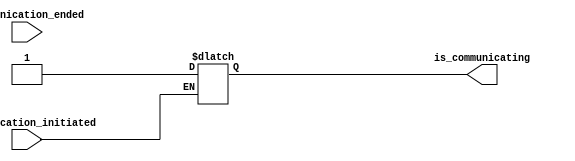
module Communication_Selector(
		input 									 communication_initiated,
		input 										  communication_ended,
		output											  is_communicating
    );

	reg was_communicating = 0;
	reg buffer = 0;
	always@(*) begin
		if(was_communicating && communication_ended) begin
			buffer = 0;
			end
			else if(~was_communicating && communication_initiated) begin
				buffer = 1;
			end
	end
	
	assign is_communicating = buffer;

endmodule